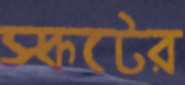
স্কটের